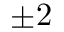
\pm 2